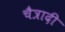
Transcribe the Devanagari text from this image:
चैत्रादी